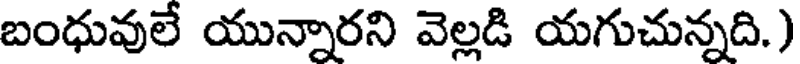
బంధువులే యున్నారని వెల్లడి యగుచున్నది.)